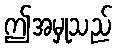
ဤအမှုသည်